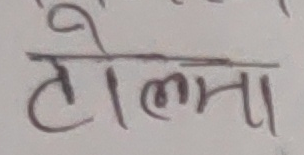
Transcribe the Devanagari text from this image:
टोलमा